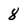
Character: 8